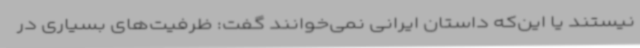
نیستند یا این‌که داستان ایرانی نمی‌خوانند گفت: ظرفیت‌های بسیاری در